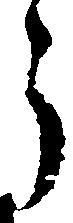
う